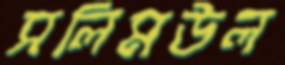
সলিমউল